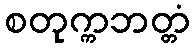
စတုက္ကဘတ္တံ